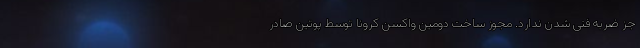
جز ضربه ‌فنی شدن ندارد. مجوز ساخت دومین واکسن کرونا توسط پوتین صادر